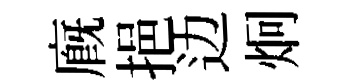
廐挹边炯